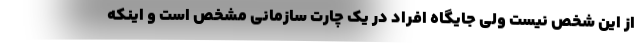
از این شخص نیست ولی جایگاه افراد در یک چارت سازمانی مشخص است و اینکه